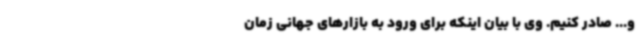
و... صادر کنیم. وی با بیان اینکه برای ورود به بازارهای جهانی زمان